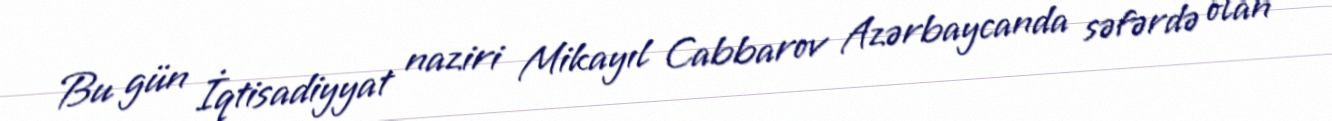
Bu gün İqtisadiyyat naziri Mikayıl Cabbarov Azərbaycanda səfərdə olan